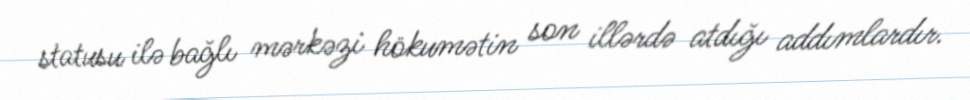
statusu ilə bağlı mərkəzi hökumətin son illərdə atdığı addımlardır.